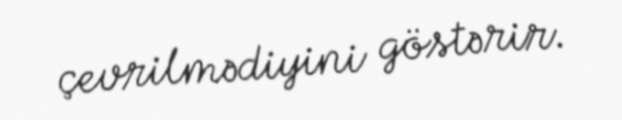
çevrilmədiyini göstərir.